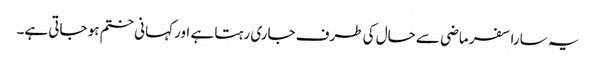
یہ سارا سفر ماضی سے حال کی طرف جاری رہتا ہے اور کہانی ختم ہو جاتی ہے۔